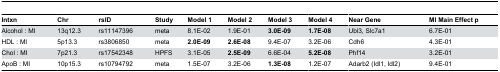
<table><thead><tr><td><b>Intxn</b></td><td><b>Chr</b></td><td><b>rsID</b></td><td><b>Study</b></td><td><b>Model 1</b></td><td><b>Model 2</b></td><td><b>Model 3</b></td><td><b>Model 4</b></td><td><b>Near Gene</b></td><td><b>MI Main Effect p</b></td></tr></thead><tbody><tr><td>Alcohol : MI</td><td>13q12.3</td><td>rs11147396</td><td>meta</td><td>8.1E-02</td><td>1.9E-01</td><td><b>3.0E-09</b></td><td><b>1.7E-08</b></td><td>Ubl3, Slc7a1</td><td>6.7E-01</td></tr><tr><td>HDL : MI</td><td>5p13.3</td><td>rs3806850</td><td>meta</td><td><b>2.0E-09</b></td><td><b>2.6E-08</b></td><td>9.4E-07</td><td>3.2E-06</td><td>Cdh6</td><td>4.3E-01</td></tr><tr><td>Chol : MI</td><td>7p21.3</td><td>rs17542348</td><td>HPFS</td><td>3.1E-05</td><td><b>2.5E-09</b></td><td>6.6E-04</td><td><b>5.2E-08</b></td><td>Phf14</td><td>3.2E-01</td></tr><tr><td>ApoB : MI</td><td>10p15.3</td><td>rs10794792</td><td>meta</td><td>1.5E-07</td><td>3.2E-06</td><td><b>1.3E-08</b></td><td>1.2E-07</td><td>Adarb2 (Idl1, Idl2)</td><td>9.4E-01</td></tr></tbody></table>